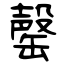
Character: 罄